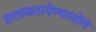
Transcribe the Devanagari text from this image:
हाताळतायेण्याजोगे